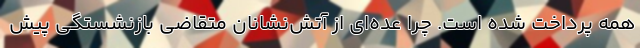
همه پرداخت شده است. چرا عده‌ای از آتش‌نشانان متقاضی بازنشستگی پیش